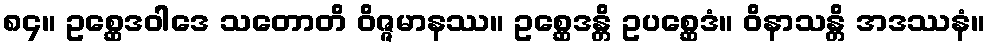
၈၄။ ဥစ္ဆေဒဝါဒေ သတောတိ ဝိဇ္ဇမာနဿ။ ဥစ္ဆေဒန္တိ ဥပစ္ဆေဒံ။ ဝိနာသန္တိ အဒဿနံ။